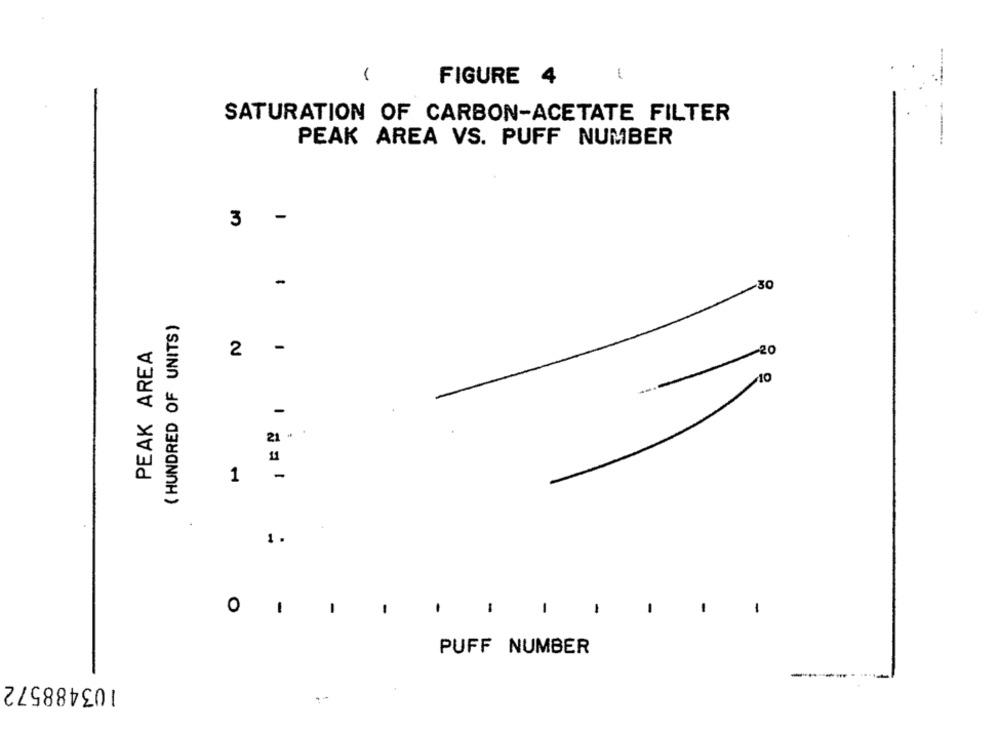
FIGURE 4
-
SATURATION OF CARBON-ACETATE FILTER
PEAK AREA VS. PUFF NUMBER
-
3
-
.30
( HUNDRED OF UNITS)
PEAK AREA
-
2
-
21 -
11
-
1
1.
0
1
1
-
1
-
PUFF NUMBER
103488572